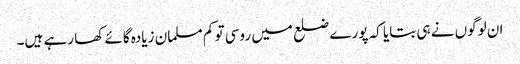
ان لوگوں نے ہی بتایا کہ پورے ضلع میں روسی تو کم مسلمان زیادہ گائے کھا رہے ہیں۔